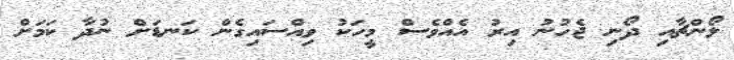
ލޯންޗާއި ދޯނި ޖެހުނު އިރު އެއްވެސް މީހަކު ވިއްސައިގެން ކަނޑަށް ނުދާ ކަމަށް